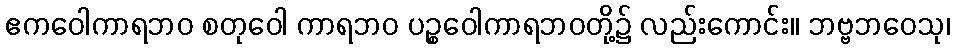
ဧကဝေါကာရဘဝ စတုဝေါ ကာရဘဝ ပဉ္စဝေါကာရဘဝတို့၌ လည်းကောင်း။ ဘဗ္ဗဘဝေသု၊